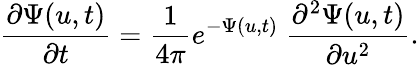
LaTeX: \frac{\partial\Psi(u,t)}{\partial t}=\frac{1}{4\pi}e^{-\Psi(u,t)}\ \frac{\partial^{2}\Psi(u,t)}{\partial u^{2}}.